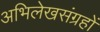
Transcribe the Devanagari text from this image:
अभिलेखसंग्रहों